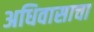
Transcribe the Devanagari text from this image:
अधिवासाचा